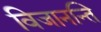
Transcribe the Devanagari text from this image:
विजानन्ति